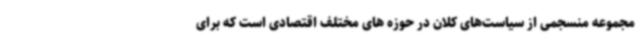
مجموعه منسجمی از سیاست‌های کلان در حوزه های مختلف اقتصادی است که برای